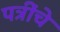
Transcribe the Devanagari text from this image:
पत्रींचे